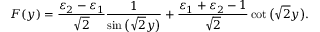
F ( y ) = \frac { \varepsilon _ { 2 } - \varepsilon _ { 1 } } { \sqrt { 2 } } \frac { 1 } { \sin \big ( \sqrt { 2 } y \big ) } + \frac { \varepsilon _ { 1 } + \varepsilon _ { 2 } - 1 } { \sqrt { 2 } } \cot \big ( \sqrt { 2 } y \big ) .